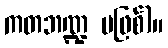
ကတဘဏ္ဍ မဖြစ်)။